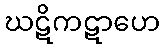
ဃဋိကဋာဟေ